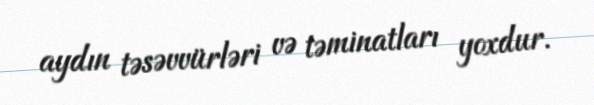
aydın təsəvvürləri və təminatları yoxdur.